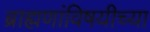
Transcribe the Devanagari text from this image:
ब्राह्मणांविषयीच्या